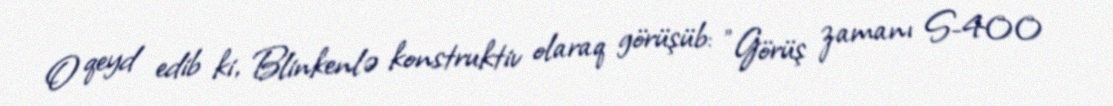
O qeyd edib ki, Blinkenlə konstruktiv olaraq görüşüb: "Görüş zamanı S-400